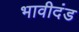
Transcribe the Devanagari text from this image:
भावीदंड